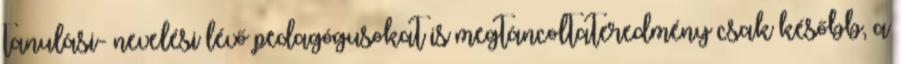
tanulási- nevelési lévő pedagógusokat is megtáncoltateredmény csak később, a